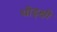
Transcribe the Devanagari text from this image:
थोड्क्षी